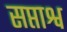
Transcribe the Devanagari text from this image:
सप्ताश्व